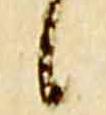
候